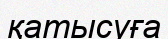
қатысуға